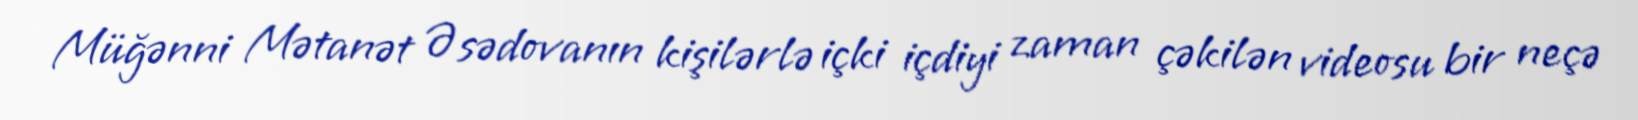
Müğənni Mətanət Əsədovanın kişilərlə içki içdiyi zaman çəkilən videosu bir neçə